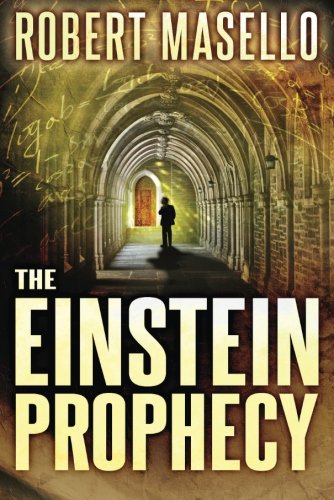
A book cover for The Einstein Prophecy; Robert Masello; Mystery, Thriller & Suspense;